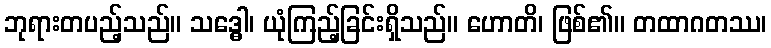
ဘုရားတပည့်သည်။ သဒ္ဓေါ၊ ယုံကြည့်ခြင်းရှိသည်။ ဟောတိ၊ ဖြစ်၏။ တထာဂတဿ၊